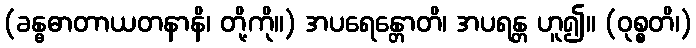
(ခန္ဓဓာတာယတနာနိ၊ တို့ကို။) အပရေန္တောတိ၊ အပရန္တ ဟူ၍။ (ဝုစ္စတိ၊)